King Institute of Preventive Medicine Micro-Biological Section reports 1909-11
Year: 1909
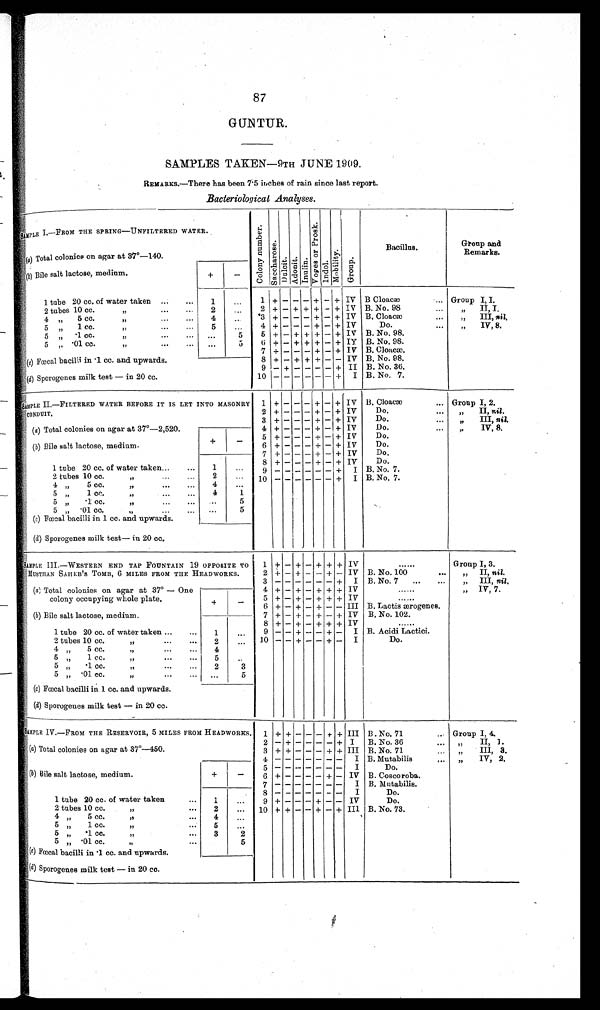
87
GUNTUR.
SAMPLES TAKEN—9TH JUNE 1909.
REMARKS.—There has been 7.5 inches of rain since last report.
Bacteriological Analyses.
SAMPLE I.—FROM THE SPRING—UNFILTERED WATER.
C o l o n y n u mb e r .
S a c c h a r o s e .
Dulcit. Adoni t .
I nul i n.
V o g e s o r P r o s k .
Indol .
Mo b i l i t y .
Gr oup.
Bacillus.
Group and
Remarks.
(a ) Total colonies on agar at 37°—140.
(b ) Bile salt lactose, medium.
+ —
1 tube 20 cc. of water taken ...
...
1
. . .
1 + — — — +
—
+ IV B Cloacæ
... Group I, I.
2 tubes 10 cc.
„
...
...
2
...
2 + — + + + — + IV B. No. 98
„
II, I.
4 ,,
5 cc.
,,
4
. . .
3 + — — — + — + IV B. Cloacæ
...
,,
III,
n i l .
5 ,, 1 cc.
,,
5
. . .
4 + — — — + — + IV
Do.
,,
IV, 8.
5
,,
.1 CC.
,,
. . .
5
5 + — + + + — + IV B. No, 98.
5 „ .01 CC.
,,
...
5
6 + — + + + — + IV B. No. 98.
7 + — — — + — + IV B. Cloacæ.
(c) Fœcal bacilli in .1 cc. and upwards.
8 + — + + + — — IV B. No. 98.
9 — + —— - — — + II B. No. 36.
( d) Sporogenes milk test — in 20 cc.
10 — —— — — — + I B. No. 7.
SAMPLE II.—FILTERED WATER BEFORE IT IS LET INTO MASONRY
CONDUIT.
1 + — — — + — + IV B. Cloacæ
... Group I, 2.
2 + — —— — + — + IV
Do.
,,
II, nil.
3 + — — — + — + IV
Do.
,,
III, nil.
(a) Total colonies on agar at 37°—2,520.
4 + — — — + — + IV
Do.
,,
IV, 8.
+
—
5 + — — — + — + IV
Do.
(b) Bile salt lactose, medium.
6 + — — — + — + IV
Do.
7 + — — — + — + IV
Do.
1 tube 20 cc. of water taken ...
1
. . .
8 + — — — + — + IV
Do.
2 tubes 10
cc. ,,
2
. . .
9 — — ——— — +
I B. No. 7.
4 „ 5 cc.
,,
...
...
4
. . .
10 — — ——— — +
I B. No. 7.
5 „ 1
cc.
,,
...
...
4
1
5 „ .1 cc.
,,
. . .
5
5
,,
.01 cc. ,,
. . .
5
(c) Fœcal bacilli in 1 cc. and upwards.
(d) Sporogenes milk test— in 20 cc.
SAMPLE III.—WESTERN END TAP FOUNTAIN 19 OPPOSITE TO MUSTHAN SAHEB'S TOMB, 6 MILES FROM THE HEADWORKS. 1 + — + — + + + IV
......
Group I, 3.
2 + — + — — + — IV B. No. 100
...
„ II, nil.
3 — —— —— —— +
I B. No. 7 ... ...
„ III, nil.
(a) Total colonies on agar at 37° — One colony occupying whole plate.
4 + — + — + + + IV
......
,,
IV, 7.
+
—
5 + — + — + + + IV
......
6 + — + — + — — III B. Lactis ærogenes.
(b) Bile salt lactose, medium.
7 + — + — + — + IV B. No. 102.
8 + — + — + + + IV
......
1 tube 20 cc. of water taken ...
...
1
...
9 — — + —— — + — I B. Acidi Lactici.
2 tubes 10 cc.
,,
...
...
2
...
10 —— + — — + — I
Do.
4 „ 5 cc.
,,
4
5
,,
1 cc.
,,
...
...
5
. .
5 „ .1 cc
.
,,
...
2
3
5 „ .01 cc.
,,
...
...
. . .
5
(c) Fœcal bacilli in 1 cc. and upwards.
(d) Sporogenes milk test — in 20 cc.
SAMPLE IV.—FROM THE RESERVOIR, 5 MILES FROM HEADWORKS.
1 + + — — — + + III B. No. 71
,.. Group I, 4.
2 — + — — — — + I
B. No. 36
,,
II, 1.
(a) Total colonies on agar at 37°—450.
3 + + — — — + + III B. No. 71
.
,,
III, 3.
4 — —— —— — — I B. Mutabilis
,,
IV, 2.
5 — —— —— — —
I
Do.
(b) Bile salt lactose, medium.
+
—
6 + —— —— - + — IV B. Coscoroba.
7 — —— —— — — I B. Mutabilis.
8 — —— —— — —
I
Do.
1 tube 20 cc. of water taken
...
1
...
9 + — — —— + — — IV
Do.
2 tubes 10 cc.
,,
...
2
...
10 + + — —— + — + III B. No. 73.
4 „ 5 cc.
,,
,,
...
4
. . .
5 „ 1 cc
. ,,
5
...
5 „ .
1 cc.
,,
3
2
5 „ .01 cc.
,,
5
d
(c) Fœcal bacilli in .1 cc. and upwards.
(d) S porogenes milk test — in 20 cc.